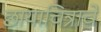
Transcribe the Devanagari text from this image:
छायाचित्राचे